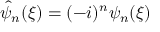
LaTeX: { \hat { \psi } } _ { n } ( \xi ) = ( - i ) ^ { n } \psi _ { n } ( \xi )